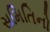
સમિતિનો